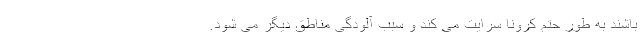
باشند به طور حتم کرونا سرایت می کند و سبب آلودگی مناطق دیگر می شود.